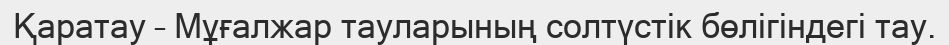
Қаратау – Мұғалжар тауларының солтүстік бөлігіндегі тау.